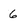
Character: 6